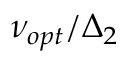
\nu _ { o p t } / \Delta _ { 2 }